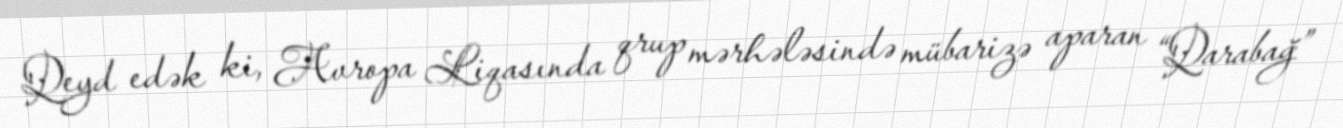
Qeyd edək ki, Avropa Liqasında qrup mərhələsində mübarizə aparan “Qarabağ”